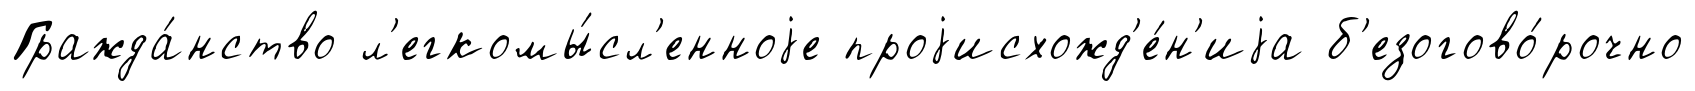
Гражда́нство л'егкомы́сл'енноjе проjисхожд'е́н'иjа б'езогово́рочно